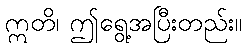
ဣတိ၊ ဤရွေ့အပြီးတည်း။